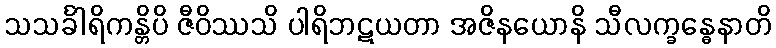
သသင်္ခါရိကန္တိပိ ဇီဝိဿသိ ပါရိဘဋယတာ အဇိနယောနိ သီလက္ခန္ဓေနာတိ